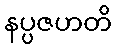
နပ္ပဇဟတိ